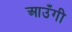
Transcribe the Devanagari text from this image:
आउँगी